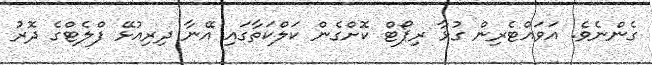
ގެންނެވެ. އަވައްޓެރިން ގުޅާ ރިޕޯޓް ކޮށްގެން ކަލްކަތާގައި އޭނާ ދިރިއުޅޭ ފްލެޓްގެ ދޮރު